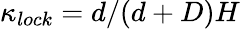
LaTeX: \kappa_{lock}=d/(d+D)H